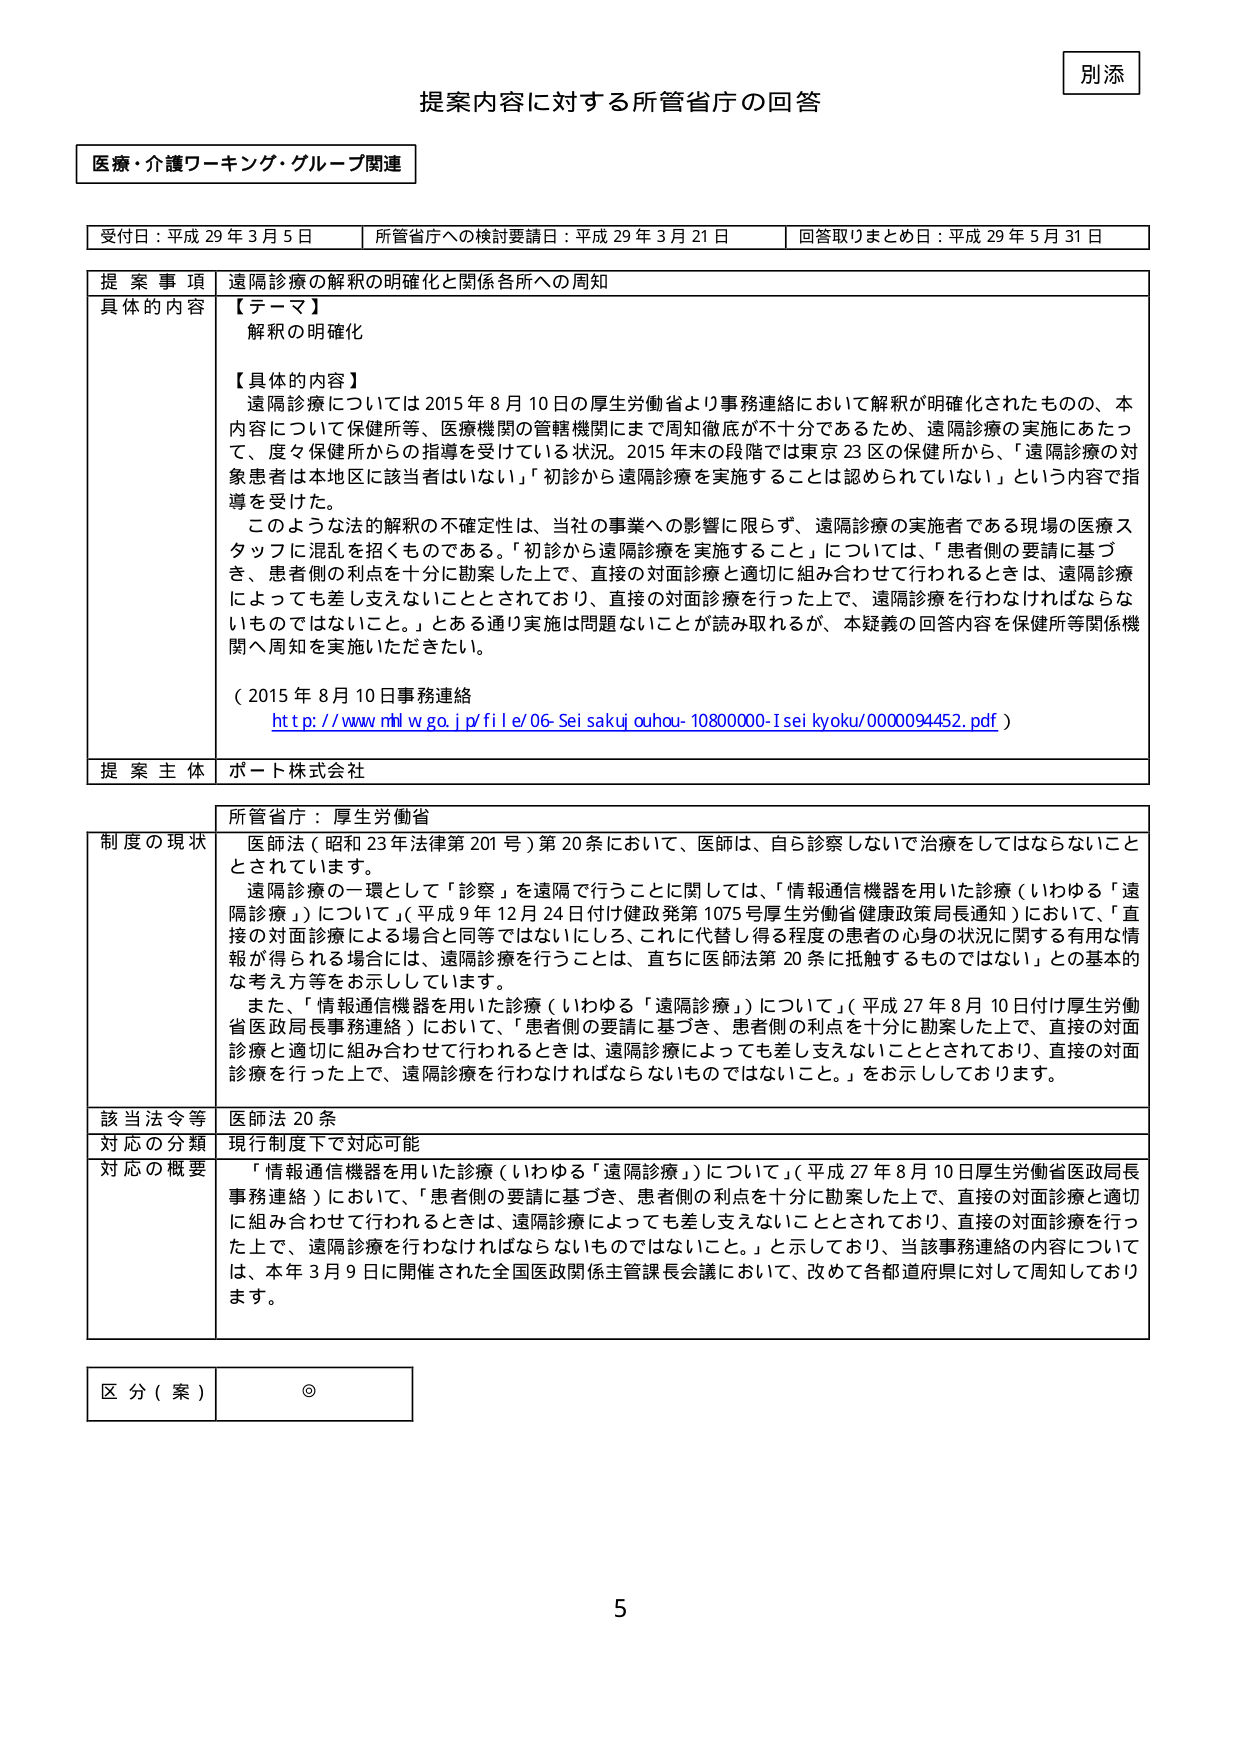
別添

提案内容に対する所管省庁の回答

医療・介護ワーキング・グループ関連

受付日：平成29年3月5日　　所管省庁への検討要請日：平成29年3月21日　　回答取りまとめ日：平成29年5月31日

提 案 事 項　遠隔診療の解釈の明確化と関係各所への周知
具体的 内容　【テーマ】
　　　　　　　解釈の明確化
　　　　　　　【具体的内容】
　　　　　　　遠隔診療については2015年8月10日の厚生労働省より事務連絡において解釈が明確化されたものの、本
　　　　　　　内容について保健所等、医療機関の管轄機関にまで周知徹底が不十分であるため、遠隔診療の実施にあたっ
　　　　　　　て、度々保健所からの指導を受けている状況。2015年末の段階では東京23区の保健所から、「遠隔診療の対
　　　　　　　象患者は本地区に該当者はない」「初診から遠隔診療を実施することは認められていない」という内容で指
　　　　　　　導を受けた。
　　　　　　　このような法的解釈の不確定性は、当社の事業への影響に限らず、遠隔診療の実施者である現場の医療ス
　　　　　　　タッフに混乱を招くものである。「初診から遠隔診療を実施すること」については、「患者側の要請に基づ
　　　　　　　き、患者側の利点を十分に勘案した上で、直接の対面診療と適切に組み合わせて行われるときは、遠隔診療
　　　　　　　によっても差し支えないこととされており、直接の対面診療を行った上で、遠隔診療を行わなければならない
　　　　　　　ものではないこと。」とある通り実施は問題ないことが読み取れるが、本疑義の回答内容を保健所等関係機
　　　　　　　関へ周知を実施いただきたい。
　　　　　　　（2015年8月10日事務連絡
　　　　　　　http://www.mhlw.go.jp/file/06-Seisakujouhou-10800000-1seikyoku/0000094452.pdf）

提 案 主 体　ポート株式会社

所管省庁：厚生労働省

制度の現状　医師法（昭和23年法律第201号）第20条において、医師は、自ら診察しないで治療をしてはならないこと
　　　　　　　とされています。
　　　　　　　遠隔診療の一環として「診察」を遠隔で行うことに関しては、「情報通信機器を用いた診療（いわゆる「遠
　　　　　　　隔診療」）について」（平成9年12月24日付け健政発第1075号厚生労働省健康政策局長通知）において、「直
　　　　　　　接の対面診療による場合と同等ではないにしろ、これに代替し得る程度の患者の心身の状況に関する有用な情
　　　　　　　報が得られる場合には、遠隔診療を行うことは、直ちに医師法第20条に抵触するものではない」との基本的
　　　　　　　な考え方等を示しています。
　　　　　　　また、「情報通信機器を用いた診療（いわゆる「遠隔診療」）について」（平成27年8月10日付け厚生労働
　　　　　　　省医政局長事務連絡）において、「患者側の要請に基づき、患者側の利点を十分に勘案した上で、直接の対面
　　　　　　　診療と適切に組み合わせて行われるときは、遠隔診療によっても差し支えないこととされており、直接の対面
　　　　　　　診療を行った上で、遠隔診療を行わなければならないものではないこと。」をお示ししております。

該当法令等　医師法20条
対応の分類　現行制度下で対応可能
対応の概要　「情報通信機器を用いた診療（いわゆる「遠隔診療」）について」（平成27年8月10日厚生労働省医政局長
　　　　　　　事務連絡）において、「患者側の要請に基づき、患者側の利点を十分に勘案した上で、直接の対面診療と適切
　　　　　　　に組み合わせて行われるときは、遠隔診療によっても差し支えないこととされており、直接の対面診療を行っ
　　　　　　　た上で、遠隔診療を行わなければならないものではないこと。」と示しており、当該事務連絡の内容について
　　　　　　　は、本年3月9日に開催された全国医政関係主管課長会議において、改めて各都道府県に対して周知しており
　　　　　　　ます。

区 分（案）　◎

5